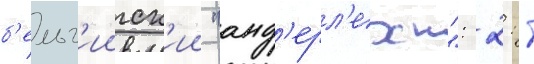
б'ельг'ииск'ии "анд'ерл'ехт": 2: 1